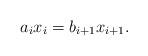
LaTeX: \begin{align*}a_i x_i = b_{i+1} x_{i+1}.\end{align*}